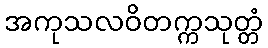
အကုသလဝိတက္ကသုတ္တံ